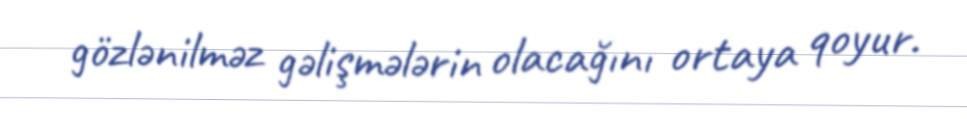
gözlənilməz gəlişmələrin olacağını ortaya qoyur.